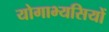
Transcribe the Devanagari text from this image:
योगाभ्यसियों